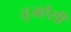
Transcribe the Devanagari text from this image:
तुजऎसी